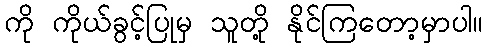
ကို ကိုယ်ခွင့်ပြုမှ သူတို့ နိုင်ကြတော့မှာပါ။